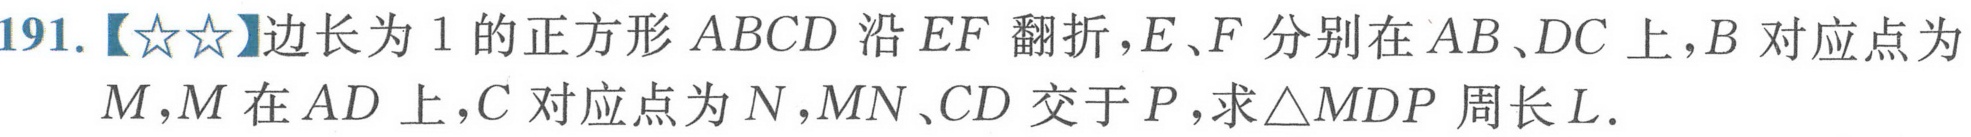
191.【★★】边长为\(1\)的正方形\(ABCD\)沿\(EF\)翻折，\(E\)、\(F\)分别在\(AB\)、\(DC\)上，\(B\)对应点为\(M\)，\(M\)在\(AD\)上，\(C\)对应点为\(N\)，\(MN\)、\(CD\)交于\(P\)，求\(\triangle MDP\)周长\(L\)．